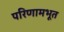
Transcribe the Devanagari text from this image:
परिणामभूत